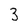
Character: 3